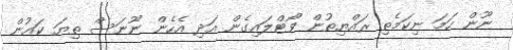
ނޫން ހަމަ ނިކަމެތި ރައްޔިތުން ވޯޓްލައިގެން އަދި އެހެން ނޫނަސް ތިޔަ ކައުން